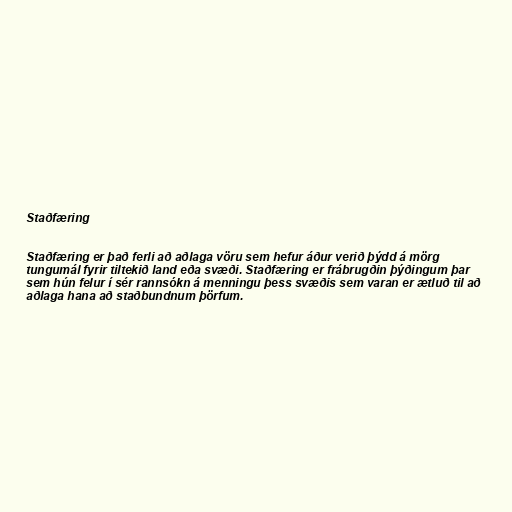
Staðfæring

Staðfæring er það ferli að aðlaga vöru sem hefur áður verið þýdd á mörg
tungumál fyrir tiltekið land eða svæði. Staðfæring er frábrugðin þýðingum þar
sem hún felur í sér rannsókn á menningu þess svæðis sem varan er ætluð til að
aðlaga hana að staðbundnum þörfum.